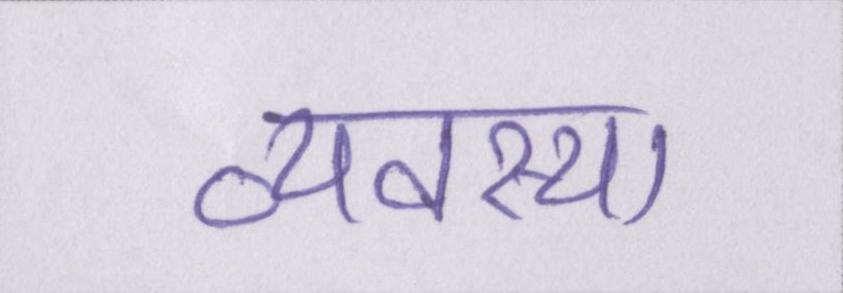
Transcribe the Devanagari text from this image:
व्यवस्था